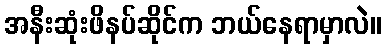
အနီးဆုံးဖိနပ်ဆိုင်က ဘယ်နေရာမှာလဲ။